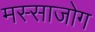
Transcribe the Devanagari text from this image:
मस्साजोग